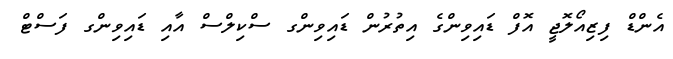
އެންޑް ފިޒިއޯލޮޖީ އޮފް ޑައިވިންގެ އިތުރުން ޑައިވިންގ ސްކިލްސް އާއި ޑައިވިންގ ފަސްޓް